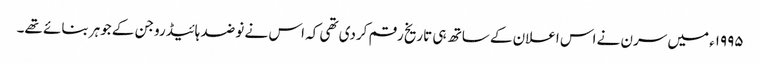
١٩٩٥ء میں سرن نے اس اعلان کے ساتھ ہی تاریخ رقم کردی تھی کہ اس نے نو ضد ہائیڈروجن کے جوہر بنائے تھے۔